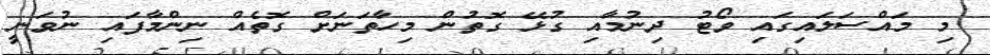
މި މައްސަލައިގައި ވޯޓު ދިނުމާއި ގުޅޭ ގޮތުން މިހާތަނަށް ގޮތެއް ނިންމާފައި ނުވަނީ